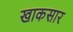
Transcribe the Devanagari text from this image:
खाकसार